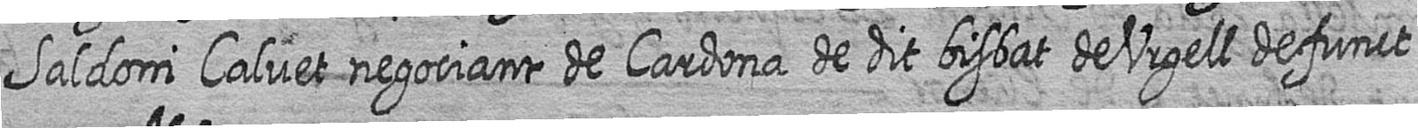
Saldoni Calvet negociant de Cardona de dit bisbat de Urgell defunct